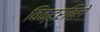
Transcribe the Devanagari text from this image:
विक्टरविले